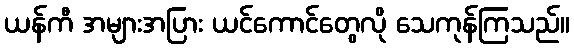
ယန်ကီ အများအပြား ယင်ကောင်တွေလို သေကုန်ကြသည်။